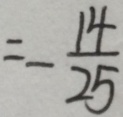
= - \frac { 1 4 } { 2 5 }